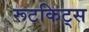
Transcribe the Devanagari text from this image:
रूटकिट्स